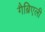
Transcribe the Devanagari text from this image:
गैब्रिएली